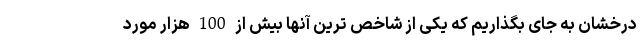
درخشان به جای بگذاریم که یکی از شاخص ترین آنها بیش از 100 هزار مورد